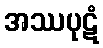
အဿပုဋံ